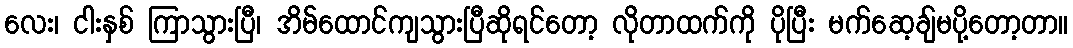
လေး၊ ငါးနှစ် ကြာသွားပြီ၊ အိမ်ထောင်ကျသွားပြီဆိုရင်တော့ လိုတာထက်ကို ပိုပြီး မက်ဆေ့ချ်မပို့တော့တာ။